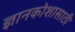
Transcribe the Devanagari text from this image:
ज्ञानकोशासाठी